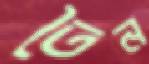
তৈন